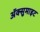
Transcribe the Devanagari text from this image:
अॅक्सुमाइट